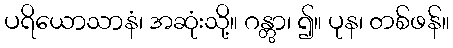
ပရိယောသာနံ၊ အဆုံးသို့။ ဂန္တွာ၊ ၍။ ပုန၊ တစ်ဖန်။